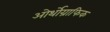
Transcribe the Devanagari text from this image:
ओर्थोग्राफिक